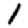
Digit: 1